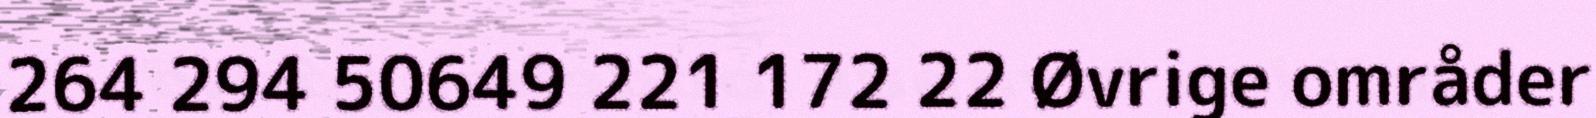
264 294 50649 221 172 22 Øvrige områder